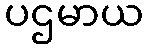
ပဌမာယ